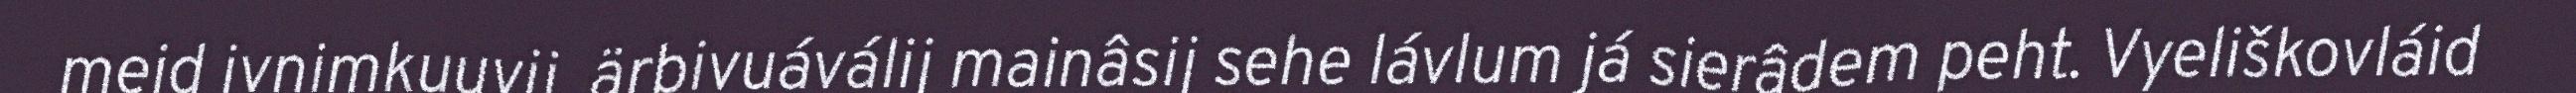
meid ivnimkuuvij, ärbivuáválij mainâsij sehe lávlum já sierâdem peht. Vyeliškovláid